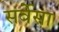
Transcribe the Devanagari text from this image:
सर्वेसा